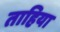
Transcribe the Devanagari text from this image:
ताहिया